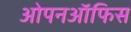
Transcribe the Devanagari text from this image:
ओपनऑफिस